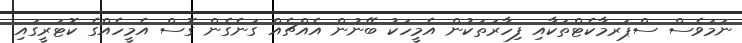
ނަމަވެސް ސްޕަރމާކެޓްތަކާއި ފިހާރަތަކުން އެމީހަކު ބޭނުން އެއްޗެއް ގަނެގެން ގޮސް އެމީހެއްގެ ކޮޓަރީގައި